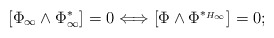
\begin{align*}[\Phi_\infty \wedge \Phi_\infty^*] =0 \Longleftrightarrow [\Phi \wedge \Phi^{*_{H_\infty}}]=0; \end{align*}